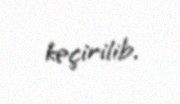
keçirilib.